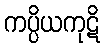
ကပ္ပိယကုဋိ